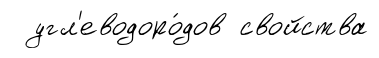
угл'еводоро́дов свойства